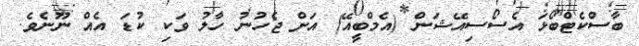
ބާސްކެޓްބޯޅަ އެސޯސިއޭޝަން (އެމްބީއޭ) އަށް ޖެހުނު ހާލު ވަކި ކުޑަ އެއް ނޫނެވެ.